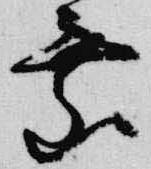
垂